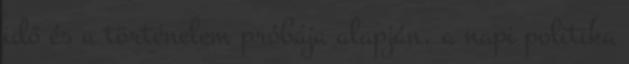
idő és a történelem próbája alapján, a napi politika